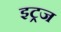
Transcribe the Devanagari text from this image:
इट्रज